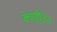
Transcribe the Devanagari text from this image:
काईटिन